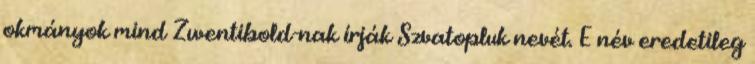
okmányok mind Zwentibold-nak írják Szvatopluk nevét. E név eredetileg